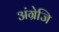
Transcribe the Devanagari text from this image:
अंग्रेजि